Lunatic asylums Burma 1907-21 - 1907-1921
Year: 1907
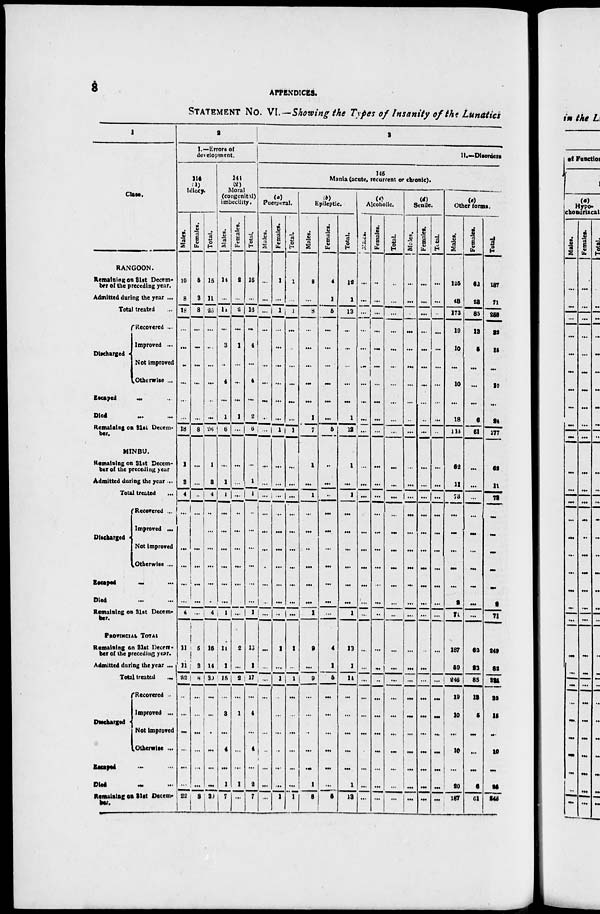
8
APPENDICES.
STATEMENT No. VI.—Showing the Types of Insanity of the Lunatics
1
Class.
RANGOON.
Remaining on 81st Decem-
ber of the preceding year.
Admitted during the year ...
Total treated ...
Discharged
Recovered ...
Improved ...
Not improved
Otherwise ...
Escaped ... ...
Died
...
...
Remaining on 31st Decem-
ber.
MINBU.
Remaining on 31st Decem-
ber of the preceding year
Admitted during the year ...
Total treated ...
Discharged
Recovered ...
Improved ...
Not improved
Otherwise ...
Escaped ... ...
Died
...
...
Remaining on 31st Decem-
ber.
PROVINCIAL TOTAL
Remaining on 31st Decem-
ber of the preceding year.
Admitted during the year ...
Total treated
...
Discharged
Recovered
Improved ...
Not Improved
Otherwise ...
Escaped ... ...
Died
...
...
Remaining on 31st Decem-
ber.
2
I.—Errors of
development.
114
(1)
Idiocy.
Males.
10
8
18
...
...
..
...
...
...
18
1
3
4
...
...
...
...
...
...
4
11
11
22
...
...
...
..
...
...
22
Females.
5
3
8
...
...
...
...
...
...
8
...
...
...
...
...
...
...
...
...
...
5
3
8
...
...
...
...
...
...
8
Total.
15
11
26
...
...
...
...
..
...
26
1
3
4
..
...
...
...
...
...
4
16
14
30
...
...
...
...
...
...
31
141
(2)
Moral
(congenital)
imbecility.
Males.
14
...
14
...
3
..
4
...
1
6
...
1
4
...
...
...
...
...
...
1
14
1
15
...
3
...
4
...
1
7
Females.
2
...
2
...
1
...
...
...
1
...
...
...
...
..
...
...
...
...
...
...
2
...
2
...
1
...
...
...
1
...
Total.
16
...
16
...
4
...
4
...
2
6
...
1
4
..
...
...
...
...
...
1
13
1
17
...
4
...
4
...
2
7
3
11.—Disorders
145
Mania (acute, recurrent or chronic).
Puerperal.
Males.
...
...
...
...
...
...
...
...
...
...
...
...
...
...
...
...
...
...
...
...
...
...
...
...
...
...
...
...
...
...
Females.
1
...
1
...
...
...
...
...
...
1
...
...
...
...
...
...
...
...
...
..
1
...
1
...
...
...
...
...
...
1
Total.
1
...
1
...
...
...
...
...
...
1
...
...
...
...
...
...
...
...
...
...
1
...
1
...
...
...
...
...
...
1
Epileptic.
Males.
8
...
8
...
...
...
...
...
1
7
1
...
1
...
...
..
...
...
...
1
2
...
9
...
...
..
...
...
1
8
Females.
4
1
5
...
...
...
...
...
...
5
..
...
..
...
...
...
...
...
...
...
4
1
5
...
...
...
...
...
...
5
Total.
12
1
13
...
...
...
...
...
1
12
1
...
1
...
...
...
...
...
...
1
13
1
14
...
...
...
...
...
1
13
(c)
Alcoholic.
Males.
...
...
...
...
...
...
...
...
...
...
...
...
...
...
...
...
...
...
...
...
...
...
...
...
...
...
...
...
...
...
Females.
..
...
...
...
...
...
...
...
...
...
...
...
...
...
...
...
...
...
...
..
...
...
..
...
...
...
...
...
...
...
Total.
..
...
...
...
...
...
...
...
...
...
...
...
...
...
...
...
...
...
...
...
...
...
...
...
...
...
...
...
...
...
(d)
Senile.
Males.
...
...
...
...
...
...
...
...
...
...
...
...
...
...
...
...
...
...
...
...
...
...
...
...
...
...
...
...
...
...
Females.
...
...
...
...
...
...
...
...
..
...
...
...
...
...
...
...
...
...
...
...
...
...
...
...
...
...
...
...
...
...
Total.
...
...
...
...
...
...
...
...
...
...
...
...
...
...
...
...
...
...
...
...
...
..
...
...
...
...
...
...
...
...
(e)
Other forms.
Males.
125
48
173
19
10
...
10
...
18
116
62
11
73
...
...
...
...
...
2
71
187
59
246
19
10
...
10
...
20
187
Females.
62
23
85
13
5
...
...
...
6
61
...
...
...
...
...
...
...
...
...
...
62
23
85
13
5
...
...
...
6
61
Total.
187
71
258
32
15
...
10
...
24
177
62
11
73
...
...
...
...
...
2
71
249
82
321
32
15
...
10
...
26
248